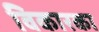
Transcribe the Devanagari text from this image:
विकारका